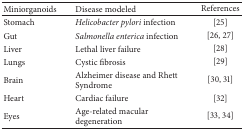
<table><thead><tr><td><b>Miniorganoids</b></td><td><b>Disease modeled</b></td><td><b>References</b></td></tr></thead><tbody><tr><td>Stomach</td><td><i>Helicobacter pylori</i> infection</td><td>[25]</td></tr><tr><td>Gut</td><td><i>Salmonella enterica</i> infection</td><td>[26, 27]</td></tr><tr><td>Liver</td><td>Lethal liver failure</td><td>[28]</td></tr><tr><td>Lungs</td><td>Cystic fibrosis</td><td>[29]</td></tr><tr><td>Brain</td><td>Alzheimer disease and Rhett Syndrome</td><td>[30, 31]</td></tr><tr><td>Heart</td><td>Cardiac failure</td><td>[32]</td></tr><tr><td>Eyes</td><td>Age-related macular degeneration</td><td>[33, 34]</td></tr></tbody></table>